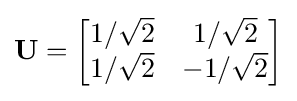
\mathbf {U} ={\begin{bmatrix}1/{\sqrt {2}}&1/{\sqrt {2}}\\1/{\sqrt {2}}&-1/{\sqrt {2}}\end{bmatrix}}